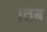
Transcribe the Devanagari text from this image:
।तब